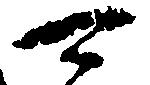
可